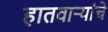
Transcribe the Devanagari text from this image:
हातवार्‍यांचे